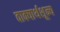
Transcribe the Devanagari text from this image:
वाक्यार्थशून्य